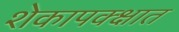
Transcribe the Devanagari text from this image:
शेकापक्क्षात